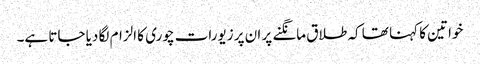
خواتین کا کہنا تھا کہ طلاق مانگنے پر ان پر زیورات چوری کا الزام لگا دیا جاتا ہے۔